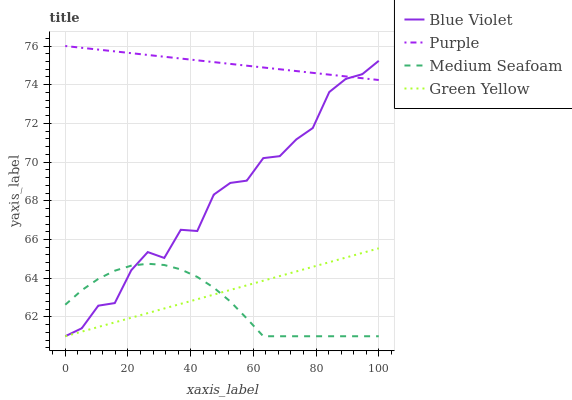
| xaxis_label | Blue Violet | Purple | Medium Seafoam | Green Yellow |
 | --- | --- | --- | --- | --- |
 | 0 | 61 | 76 | 62.6 | 61 |
 | 5.26 | 61.4 | 75.9 | 63.4 | 61.2 |
 | 10.5 | 62.6 | 75.8 | 64 | 61.5 |
 | 15.8 | 62.7 | 75.7 | 64.4 | 61.7 |
 | 21.1 | 64.4 | 75.6 | 64.6 | 62 |
 | 26.3 | 65.4 | 75.5 | 64.7 | 62.2 |
 | 31.6 | 65 | 75.4 | 64.7 | 62.4 |
 | 36.8 | 66.5 | 75.4 | 64.5 | 62.7 |
 | 42.1 | 66.4 | 75.3 | 64.1 | 62.9 |
 | 47.4 | 68.3 | 75.2 | 63.5 | 63.2 |
 | 52.6 | 68.9 | 75.1 | 62.8 | 63.4 |
 | 57.9 | 69 | 75 | 61.9 | 63.6 |
 | 63.2 | 70.2 | 74.9 | 61 | 63.9 |
 | 68.4 | 70.3 | 74.8 | 61 | 64.1 |
 | 73.7 | 71.2 | 74.7 | 61 | 64.3 |
 | 78.9 | 71.8 | 74.6 | 61 | 64.6 |
 | 84.2 | 73.6 | 74.5 | 61 | 64.8 |
 | 89.5 | 74.3 | 74.4 | 61 | 65.1 |
 | 94.7 | 74.5 | 74.3 | 61 | 65.3 |
 | 100 | 75.2 | 74.2 | 61 | 65.5 |